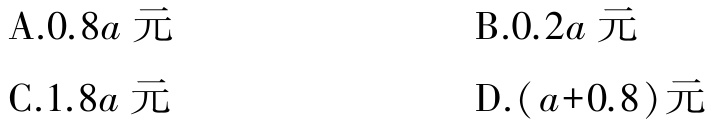
A.$0.8a$ 元
B.$0.2a$ 元
C.$1.8a$ 元
D.$(a + 0.8)$元